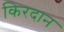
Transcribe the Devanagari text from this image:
किरदान